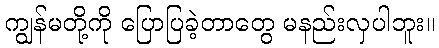
ကျွန်မတို့ကို ပြောပြခဲ့တာတွေ မနည်းလှပါဘူး။